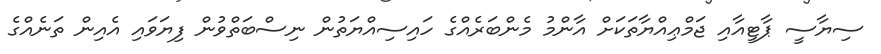
ސިޔާސީ ޕާޓީއާއި ޖަމްޢިއްޔާތަކަށް އާންމު މެންބަރެއްގެ ހައިސިއްޔަތުން ނިސްބަތްވުން ފިޔަވައި އެއިން ތަނެއްގެ